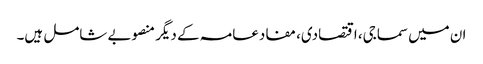
ان میں سماجی، اقتصادی، مفادعامہ کے دیگر منصوبے شامل ہیں۔